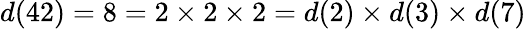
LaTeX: d(42)=8=2\times 2\times 2=d(2)\times d(3)\times d(7)